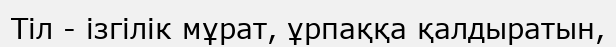
Тіл - ізгілік мұрат, ұрпаққа қалдыратын,